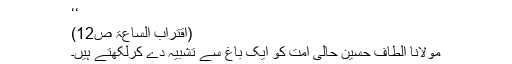
‘‘
(اقتراب الساعۃ ص12)
مولانا الطاف حسین حالی اُمّت کو ایک باغ سے تشبیہ دے کرلکھتے ہیں۔